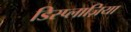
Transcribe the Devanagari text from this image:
डिस्प्लाज़िया